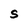
Character: S